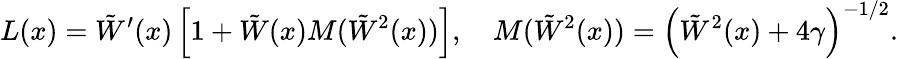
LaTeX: L(x)=\tilde{W}^{\prime}(x)\left[1+\tilde{W}(x)M(\tilde{W}{}^{2}(x))\right],\quad M(\tilde{W}{}^{2}(x))=\left(\tilde{W}^{2}(x)+4\gamma\right)^{-1/2}.